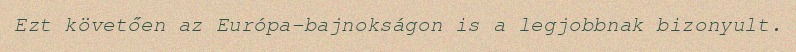
Ezt követően az Európa-bajnokságon is a legjobbnak bizonyult.